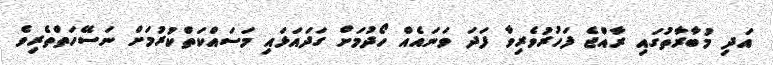
އަދި މުބާރާތުގައި ރާއްޖެ ފަހުރުވެރިވާ ފަދަ ވަނައެއް ހޯދުމަށް ގަދައަޅައި މަސައްކަތްކުރުމަށް ނަސޭހަތްތެރިވެ